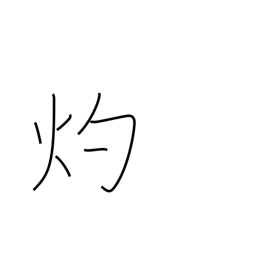
Meaning: miraculous